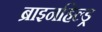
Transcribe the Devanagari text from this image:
ब्राइनहिल्ड्र